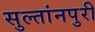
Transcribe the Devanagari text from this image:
सुल्तांनपुरी